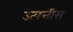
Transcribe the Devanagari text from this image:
उत्पत्तीस